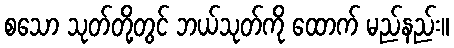
စသော သုတ်တို့တွင် ဘယ်သုတ်ကို ထောက် မည်နည်း။